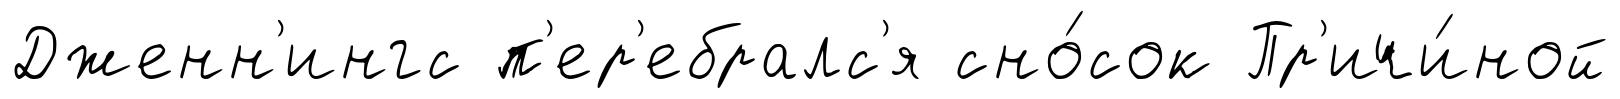
Дженн'ингс п'ер'ебралс'я сно́сок Пр'ичи́ной